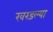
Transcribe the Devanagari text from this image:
खरडल्या